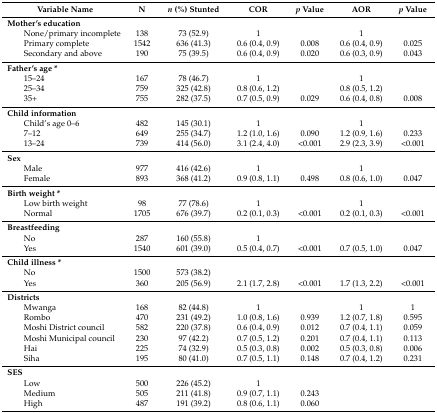
<table><thead><tr><td><b> Variable Name</b></td><td><b>N</b></td><td><b><i>n</i> (%) Stunted</b></td><td><b>COR</b></td><td><b><i>p</i> Value</b></td><td><b>AOR</b></td><td><b><i>p</i> Value</b></td></tr></thead><tbody><tr><td><b>Mother’s education</b></td><td></td><td></td><td></td><td></td><td></td><td></td></tr><tr><td>None/primary incomplete</td><td>138</td><td>73 (52.9)</td><td>1</td><td></td><td>1</td><td></td></tr><tr><td>Primary complete</td><td>1542</td><td>636 (41.3)</td><td>0.6 (0.4, 0.9)</td><td>0.008</td><td>0.6 (0.4, 0.9)</td><td>0.025</td></tr><tr><td>Secondary and above</td><td>190</td><td>75 (39.5)</td><td>0.6 (0.4, 0.9)</td><td>0.020</td><td>0.6 (0.3, 0.9)</td><td>0.043</td></tr><tr><td><b>Father’s age *</b></td><td></td><td></td><td></td><td></td><td></td><td></td></tr><tr><td>15–24</td><td>167</td><td>78 (46.7)</td><td>1</td><td></td><td>1</td><td></td></tr><tr><td>25–34</td><td>759</td><td>325 (42.8)</td><td>0.8 (0.6, 1.2)</td><td></td><td>0.8 (0.5, 1.2)</td><td></td></tr><tr><td>35+</td><td>755</td><td>282 (37.5)</td><td>0.7 (0.5, 0.9)</td><td>0.029</td><td>0.6 (0.4, 0.8)</td><td>0.008</td></tr><tr><td><b>Child information</b></td><td></td><td></td><td></td><td></td><td></td><td></td></tr><tr><td>Child’s age 0–6</td><td>482</td><td>145 (30.1)</td><td>1</td><td></td><td>1</td><td></td></tr><tr><td>7–12</td><td>649</td><td>255 (34.7)</td><td>1.2 (1.0, 1.6)</td><td>0.090</td><td>1.2 (0.9, 1.6)</td><td>0.233</td></tr><tr><td>13–24</td><td>739</td><td>414 (56.0)</td><td>3.1 (2.4, 4.0)</td><td>&lt;0.001</td><td>2.9 (2.3, 3.9)</td><td>&lt;0.001</td></tr><tr><td><b>Sex</b></td><td></td><td></td><td></td><td></td><td></td><td></td></tr><tr><td>Male</td><td>977</td><td>416 (42.6)</td><td>1</td><td></td><td>1</td><td></td></tr><tr><td>Female</td><td>893</td><td>368 (41.2)</td><td>0.9 (0.8, 1.1)</td><td>0.498</td><td>0.8 (0.6, 1.0)</td><td>0.047</td></tr><tr><td><b>Birth weight *</b></td><td></td><td></td><td></td><td></td><td></td><td></td></tr><tr><td>Low birth weight</td><td>98</td><td>77 (78.6)</td><td>1</td><td></td><td>1</td><td></td></tr><tr><td>Normal</td><td>1705</td><td>676 (39.7)</td><td>0.2 (0.1, 0.3)</td><td>&lt;0.001</td><td>0.2 (0.1, 0.3)</td><td>&lt;0.001</td></tr><tr><td><b>Breastfeeding</b></td><td></td><td></td><td></td><td></td><td></td><td></td></tr><tr><td>No</td><td>287</td><td>160 (55.8)</td><td>1</td><td></td><td></td><td></td></tr><tr><td>Yes</td><td>1540</td><td>601 (39.0)</td><td>0.5 (0.4, 0.7)</td><td>&lt;0.001</td><td>0.7 (0.5, 1.0)</td><td>0.047</td></tr><tr><td><b>Child illness *</b></td><td></td><td></td><td></td><td></td><td></td><td></td></tr><tr><td>No</td><td>1500</td><td>573 (38.2)</td><td></td><td></td><td></td><td></td></tr><tr><td>Yes</td><td>360</td><td>205 (56.9)</td><td>2.1 (1.7, 2.8)</td><td>&lt;0.001</td><td>1.7 (1.3, 2.2)</td><td>&lt;0.001</td></tr><tr><td><b>Districts</b></td><td></td><td></td><td></td><td></td><td></td><td></td></tr><tr><td>Mwanga </td><td>168</td><td>82 (44.8)</td><td>1</td><td></td><td>1</td><td>1</td></tr><tr><td>Rombo</td><td>470</td><td>231 (49.2)</td><td>1.0 (0.8, 1.6)</td><td>0.939</td><td>1.2 (0.7, 1.8)</td><td>0.595</td></tr><tr><td>Moshi District council</td><td>582</td><td>220 (37.8)</td><td>0.6 (0.4, 0.9)</td><td>0.012</td><td>0.7 (0.4, 1.1)</td><td>0.059</td></tr><tr><td>Moshi Municipal council</td><td>230</td><td>97 (42.2)</td><td>0.7 (0.5, 1.2)</td><td>0.201</td><td>0.7 (0.4, 1.1)</td><td>0.113</td></tr><tr><td>Hai</td><td>225</td><td>74 (32.9)</td><td>0.5 (0.3, 0.8)</td><td>0.002</td><td>0.5 (0.3, 0.8)</td><td>0.006</td></tr><tr><td>Siha</td><td>195</td><td>80 (41.0)</td><td>0.7 (0.5, 1.1)</td><td>0.148</td><td>0.7 (0.4, 1.2)</td><td>0.231</td></tr><tr><td><b>SES</b></td><td></td><td></td><td></td><td></td><td></td><td></td></tr><tr><td>Low</td><td>500</td><td>226 (45.2)</td><td>1</td><td></td><td></td><td></td></tr><tr><td>Medium</td><td>505</td><td>211 (41.8)</td><td>0.9 (0.7, 1.1)</td><td>0.243</td><td></td><td></td></tr><tr><td>High</td><td>487</td><td>191 (39.2)</td><td>0.8 (0.6, 1.1)</td><td>0.060</td><td></td><td></td></tr></tbody></table>